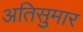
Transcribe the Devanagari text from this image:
अतिसुमार